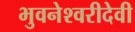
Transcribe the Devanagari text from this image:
भुवनेश्वरीदेवी